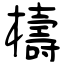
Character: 檮